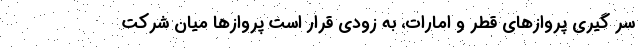
سر گیری پروازهای قطر و امارات، به زودی قرار است پروازها میان شرکت